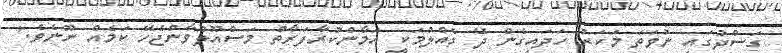
ގަސްދުގައި ނުވަތަ މަކަރު ހަދައިގެން ދޭ ގެއްލުމަކީ އަމާންކުރާފަރާތް މަސްއޫލުވާންޖެހޭ ކަމެއް ނޫނެވެ.'